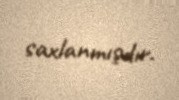
saxlanmışdır.